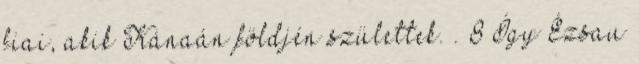
fiai, akik Kánaán földjén születtek. . 8 Így Ézsau